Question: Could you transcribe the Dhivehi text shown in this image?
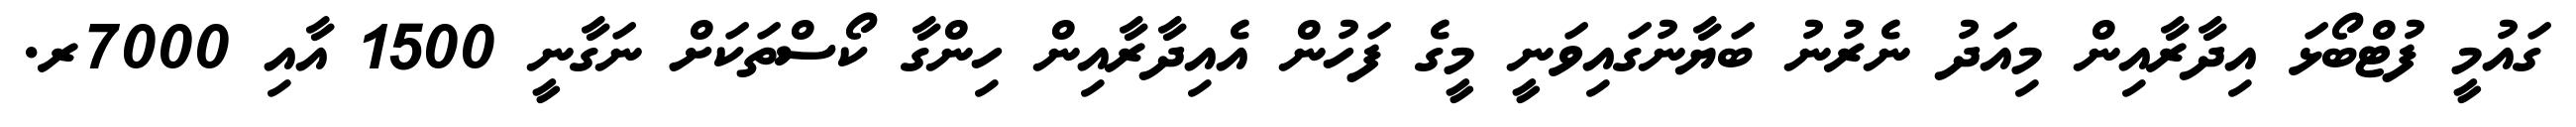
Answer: ގައުމީ ފުޓްބޯޅަ އިދާރާއިން މިއަދު ނެރުނު ބަޔާނުގައިވަނީ މީގެ ފަހުން އެއިދާރާއިން ހިންގާ ކޯސްތަކަށް ނަގާނީ 1500 އާއި 7000ރ.